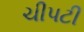
ચીપટી